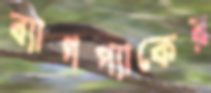
ব্যাগপ্যাকের